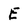
Character: E